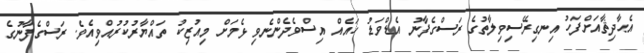
އެޙާދިޘާއަށްފަހު އިނގިރޭސިވިލާތުގެ ރަސްގެފާނު އެޑްވަޑު ހައެއް އިސްވެދެންނެވި ޅެމަށް މިއުޒިކު ތައްޔާރުކުރުއްވިއެވެ. ރަސްގެފާނުގެ